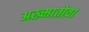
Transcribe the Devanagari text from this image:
अख्मातोवा